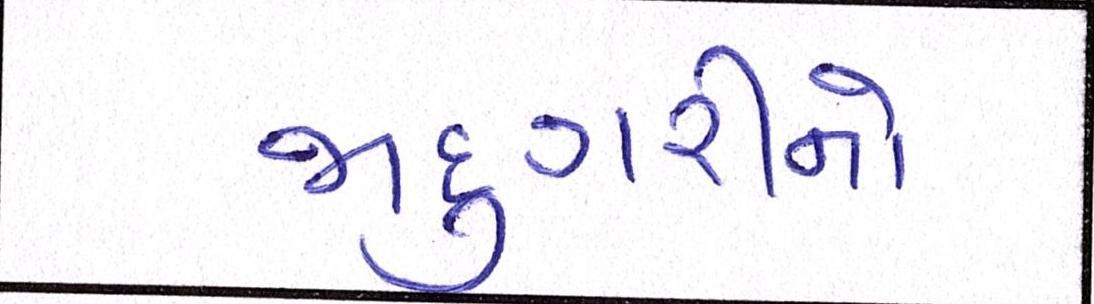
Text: જાદુગરીનો